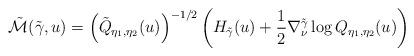
LaTeX: \begin{align*}\tilde{\mathcal{M}}(\tilde{\gamma},u)=\left(\tilde{Q}_{\eta_1,\eta_2}(u)\right)^{-1/2}\left(H_{\tilde{\gamma}}(u)+\frac{1}{2}\nabla^{\tilde{\gamma}}_{\nu}\log Q_{\eta_1,\eta_2}(u)\right)\end{align*}